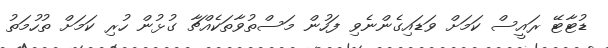
ޑުޓާޓޭ ރައީސް ކަމަށް ވަޑައިގެންނެވި ފަހުން މަސްތުވާތަކެއްޗާ ގުޅުން ހުރި ކަމަށް ތުހުމަތު